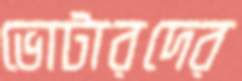
ভোটারদের